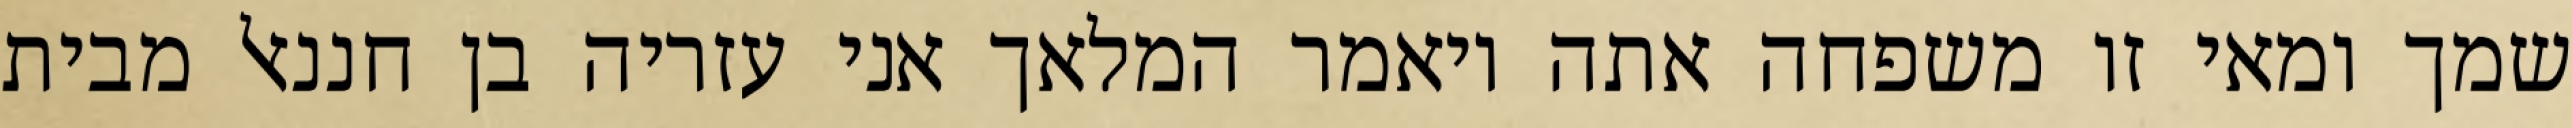
שמך ומאי זו משפחה אתה ויאמר המלאך אני עזריה בן חננאל מבית